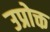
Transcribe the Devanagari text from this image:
उप्रोक्त